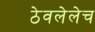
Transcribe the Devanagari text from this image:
ठेवलेलेच